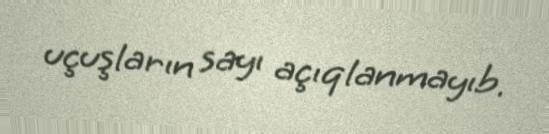
uçuşların sayı açıqlanmayıb.